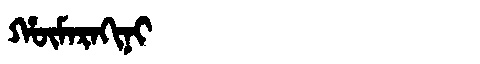
Manchu: ᡥᡡᠮᠠᡵᠠᡴᡳᠨᡳ
Romanization: HŪMARAKINI